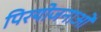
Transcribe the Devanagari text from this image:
पिरयोजनाओं